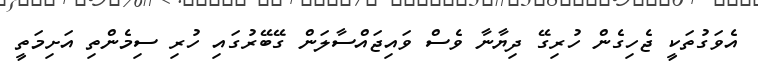
އެވަގުތަކީ ޖެހިގެން ހުރިގޭ ދިޔާނާ ވެސް ވައިޖައްސާލަން ގޭބޭރުގައި ހުރި ސިމެންތި އަށިމަތީ